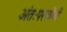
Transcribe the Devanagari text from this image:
अंतःपरजीवी